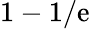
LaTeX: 1-1/\mathrm{e}